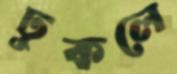
ঢুকলে